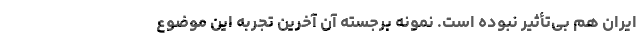
ایران هم بی‌تأثیر نبوده است. نمونه برجسته آن آخرین تجربه این موضوع